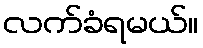
လက်ခံရမယ်။